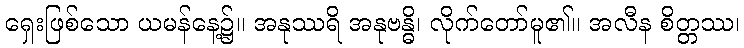
ရှေးဖြစ်သော ယမန်နေ့၌။ အနုဿရိ အနုဗန္ဓိ၊ လိုက်တော်မူ၏။ အလီန စိတ္တဿ၊